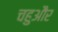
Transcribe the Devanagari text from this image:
चहुऔर